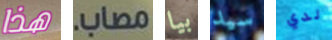
هذا مصاب. بيا سيد لدي